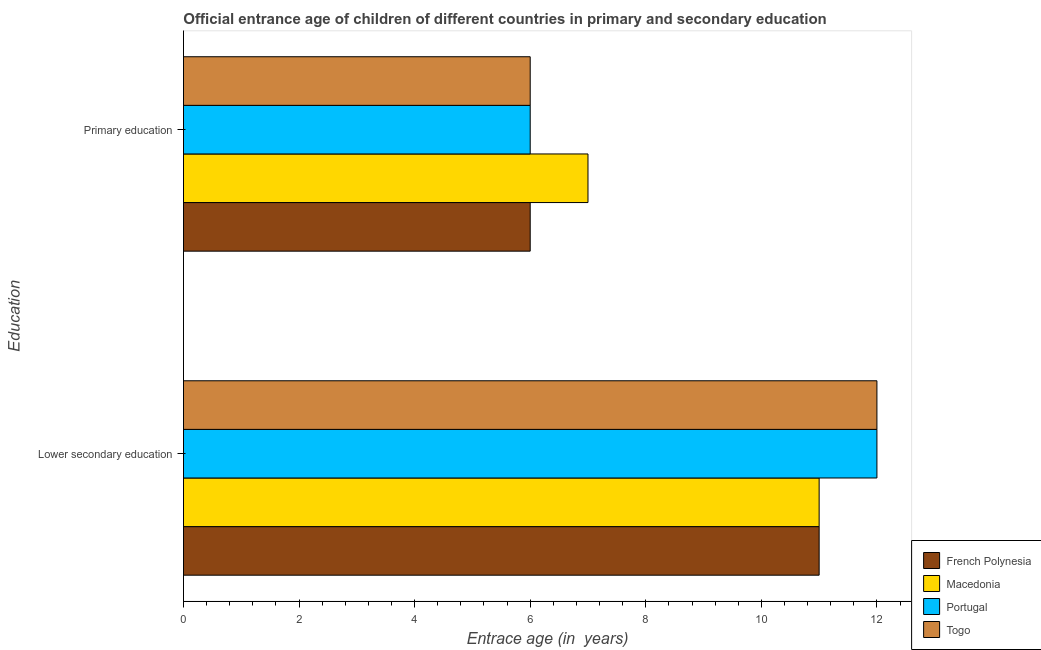
| Education | French Polynesia | Macedonia | Portugal | Togo |
 | --- | --- | --- | --- | --- |
 | Lower secondary education | 11 | 11 | 12 | 12 |
 | Primary education | 6 | 7 | 6 | 6 |